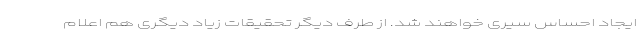
ایجاد احساس سیری خواهند شد. از طرف دیگر تحقیقات زیاد دیگری هم اعلام